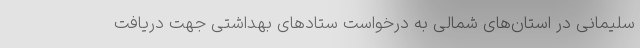
سلیمانی در استان‌های شمالی به درخواست ستادهای بهداشتی جهت دریافت